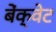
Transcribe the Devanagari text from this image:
बेंक्वेट